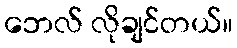
ဘေလ် လိုချင်တယ်။